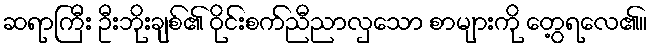
ဆရာကြီး ဦးဘိုးချစ်၏ ဝိုင်းစက်ညီညာလှသော စာများကို တွေ့ရလေ၏။